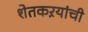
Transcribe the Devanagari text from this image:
शेतकऱयांची